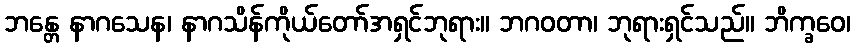
ဘန္တေ နာဂသေန၊ နာဂသိန်ကိုယ်တော်အရှင်ဘုရား။ ဘဂဝတာ၊ ဘုရားရှင်သည်။ ဘိက္ခဝေ၊